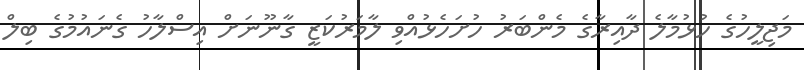
މަޖިލީހުގެ ހުޅުމާލެ ދާއިރާގެ މެންބަރު ހުށަހެޅުއްވި ލާމަރުކަޒީ ގާނޫނަށް އިސްލާހު ގެނައުމުގެ ބިލް